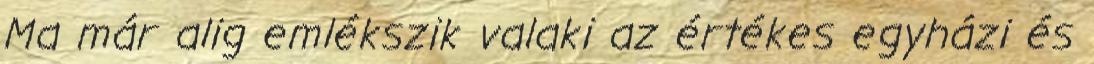
Ma már alig emlékszik valaki az értékes egyházi és